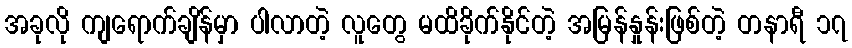
အခုလို ကျရောက်ချိန်မှာ ပါလာတဲ့ လူတွေ မထိခိုက်နိုင်တဲ့ အမြန်နှုန်းဖြစ်တဲ့ တနာရီ ၁၇